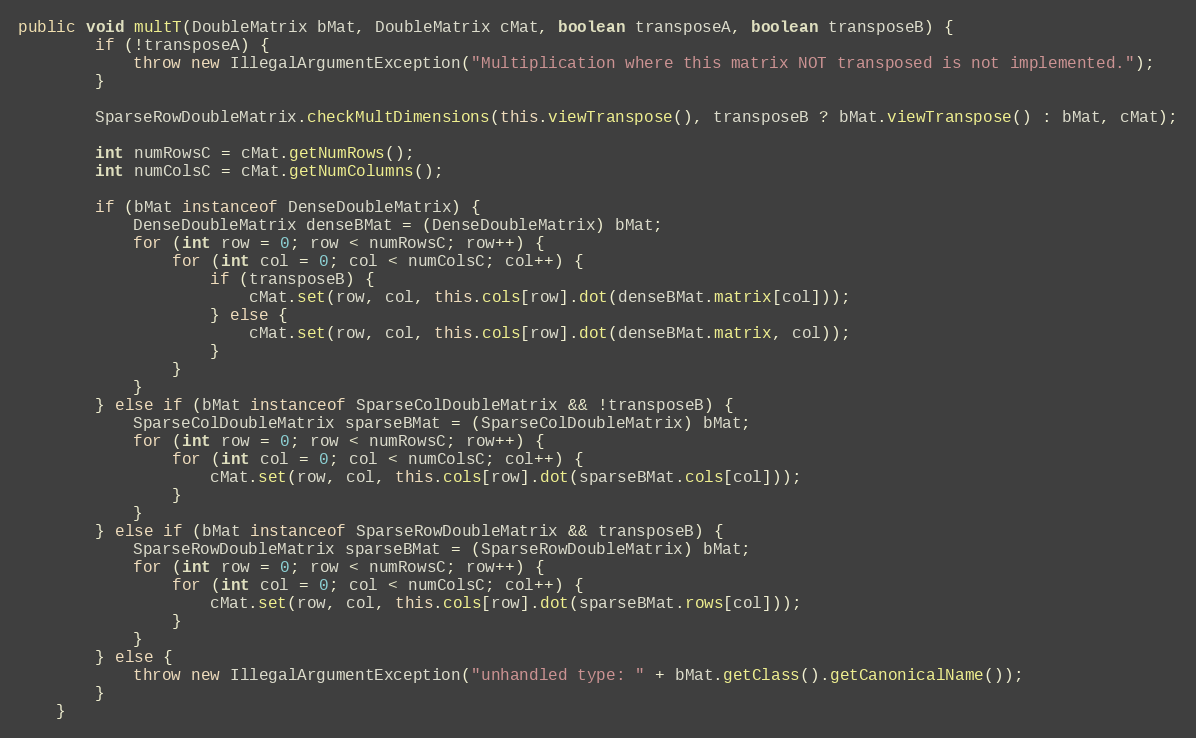
Language: Java
public void multT(DoubleMatrix bMat, DoubleMatrix cMat, boolean transposeA, boolean transposeB) {
        if (!transposeA) {
            throw new IllegalArgumentException("Multiplication where this matrix NOT transposed is not implemented.");
        }

        SparseRowDoubleMatrix.checkMultDimensions(this.viewTranspose(), transposeB ? bMat.viewTranspose() : bMat, cMat);

        int numRowsC = cMat.getNumRows();
        int numColsC = cMat.getNumColumns();

        if (bMat instanceof DenseDoubleMatrix) {
            DenseDoubleMatrix denseBMat = (DenseDoubleMatrix) bMat;
            for (int row = 0; row < numRowsC; row++) {
                for (int col = 0; col < numColsC; col++) {
                    if (transposeB) {
                        cMat.set(row, col, this.cols[row].dot(denseBMat.matrix[col]));
                    } else {
                        cMat.set(row, col, this.cols[row].dot(denseBMat.matrix, col));
                    }
                }
            }
        } else if (bMat instanceof SparseColDoubleMatrix && !transposeB) {
            SparseColDoubleMatrix sparseBMat = (SparseColDoubleMatrix) bMat;
            for (int row = 0; row < numRowsC; row++) {
                for (int col = 0; col < numColsC; col++) {
                    cMat.set(row, col, this.cols[row].dot(sparseBMat.cols[col]));
                }
            }
        } else if (bMat instanceof SparseRowDoubleMatrix && transposeB) {
            SparseRowDoubleMatrix sparseBMat = (SparseRowDoubleMatrix) bMat;
            for (int row = 0; row < numRowsC; row++) {
                for (int col = 0; col < numColsC; col++) {
                    cMat.set(row, col, this.cols[row].dot(sparseBMat.rows[col]));
                }
            }
        } else {
            throw new IllegalArgumentException("unhandled type: " + bMat.getClass().getCanonicalName());
        }
    }